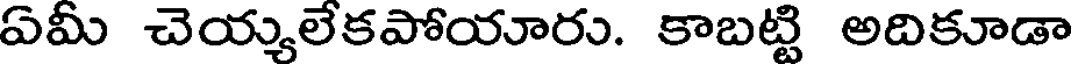
ఏమీ చెయ్యలేకపోయూరు. కాబట్టి అదికూడా